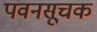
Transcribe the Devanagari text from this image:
पवनसूचक